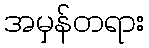
အမှန်တရား